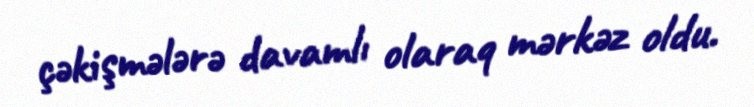
çəkişmələrə davamlı olaraq mərkəz oldu.